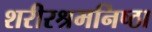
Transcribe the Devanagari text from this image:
शरीरश्रमनिष्ठा